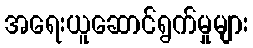
အရေးယူဆောင်ရွက်မှုများ